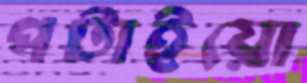
পটাইয়ো